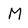
Character: M